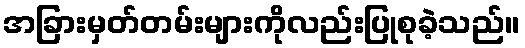
အခြားမှတ်တမ်းများကိုလည်းပြုစုခဲ့သည်။